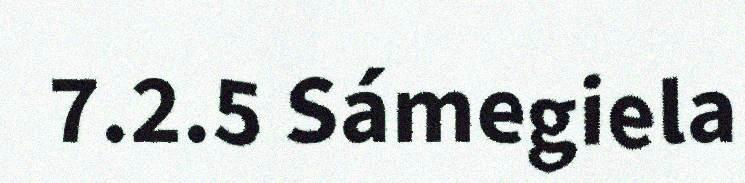
7.2.5 Sámegiela